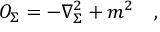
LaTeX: O _ { \Sigma } = - \nabla _ { \Sigma } ^ { 2 } + m ^ { 2 } ~ ~ ~ ,